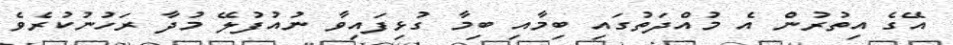
އޭގެ އިތުރުން އެ މުއްދަތުގައި ބިމާއި ބިމާ ގުޅިފައިވާ ނުއުފުލޭ މުދާ ރަހުނުކުރެވެ